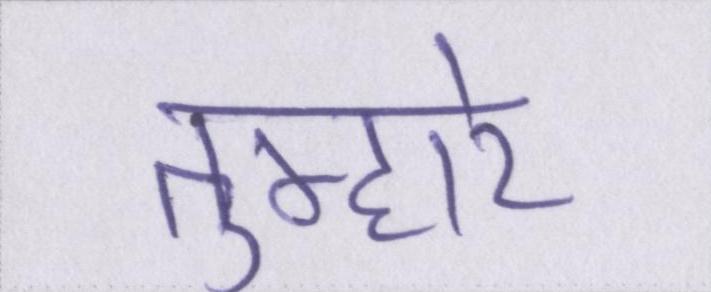
तुम्हारे